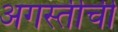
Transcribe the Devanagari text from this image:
अगस्तीची